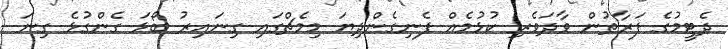
ދެޓީމުގެ ފަރާތުން ވާދަވެރި ކުޅުމެއް ފެނިގެންދިޔަ މިމެޗްގައި ގިނައިރު ބޯޅަ ގެންގުޅެ ގިނަ